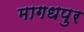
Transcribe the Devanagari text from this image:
मागधपुर